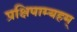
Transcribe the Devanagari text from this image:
प्रक्षिपाम्यहम्